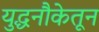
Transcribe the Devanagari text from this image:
युद्धनौकेतून